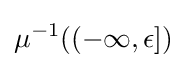
\mu ^{-1}((-\infty ,\epsilon ])